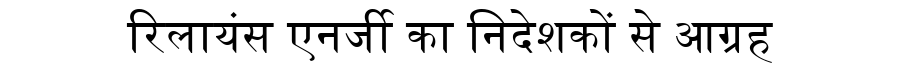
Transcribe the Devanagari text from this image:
रिलायंस एनर्जी का निदेशकों से आग्रह